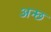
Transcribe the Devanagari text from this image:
अन्छ